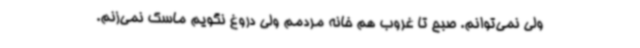
ولی نمی‌توانم. صبح تا غروب هم خانه مردمم ولی دروغ نگویم ماسک نمی‌زنم.